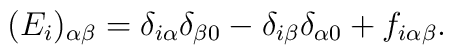
(E_i)_{\alpha\beta} = \delta_{i\alpha} \delta_{\beta 0} - \delta_{i \beta}\delta_{\alpha 0} + f_{i\alpha\beta} .